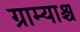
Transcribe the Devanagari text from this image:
ग्राम्याश्च